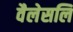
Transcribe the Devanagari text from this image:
वैलेसलि